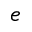
e